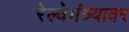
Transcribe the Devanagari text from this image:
रेल्वेमंत्र्यावर